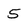
Character: 5